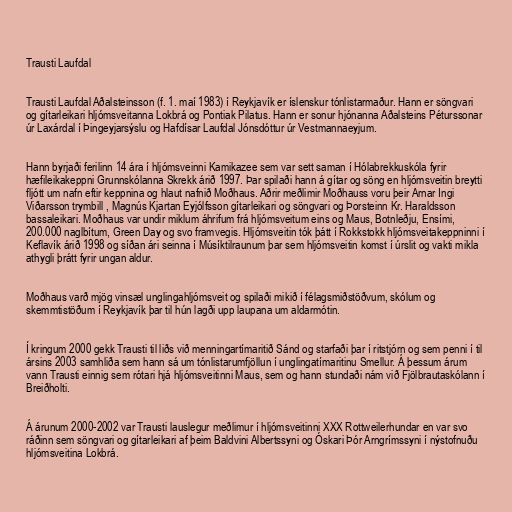
Trausti Laufdal

Trausti Laufdal Aðalsteinsson (f. 1. maí 1983) í Reykjavík er íslenskur tónlistarmaður. Hann er söngvari
og gítarleikari hljómsveitanna Lokbrá og Pontiak Pilatus. Hann er sonur hjónanna Aðalsteins Péturssonar
úr Laxárdal í Þingeyjarsýslu og Hafdísar Laufdal Jónsdóttur úr Vestmannaeyjum.

Hann byrjaði ferilinn 14 ára í hljómsveinni Kamikazee sem var sett saman í Hólabrekkuskóla fyrir
hæfileikakeppni Grunnskólanna Skrekk árið 1997. Þar spilaði hann á gítar og söng en hljómsveitin breytti
fljótt um nafn eftir keppnina og hlaut nafnið Moðhaus. Aðrir meðlimir Moðhauss voru þeir Arnar Ingi
Viðarsson trymbill , Magnús Kjartan Eyjólfsson gítarleikari og söngvari og Þorsteinn Kr. Haraldsson
bassaleikari. Moðhaus var undir miklum áhrifum frá hljómsveitum eins og Maus, Botnleðju, Ensími,
200.000 naglbítum, Green Day og svo framvegis. Hljómsveitin tók þátt í Rokkstokk hljómsveitakeppninni í
Keflavík árið 1998 og síðan ári seinna í Músíktilraunum þar sem hljómsveitin komst í úrslit og vakti mikla
athygli þrátt fyrir ungan aldur.

Moðhaus varð mjög vinsæl unglingahljómsveit og spilaði mikið í félagsmiðstöðvum, skólum og
skemmtistöðum í Reykjavík þar til hún lagði upp laupana um aldarmótin.

Í kringum 2000 gekk Trausti til liðs við menningartímaritið Sánd og starfaði þar í ritstjórn og sem penni í til
ársins 2003 samhliða sem hann sá um tónlistarumfjöllun í unglingatímaritinu Smellur. Á þessum árum
vann Trausti einnig sem rótari hjá hljómsveitinni Maus, sem og hann stundaði nám við Fjölbrautaskólann í
Breiðholti.

Á árunum 2000-2002 var Trausti lauslegur meðlimur í hljómsveitinni XXX Rottweilerhundar en var svo
ráðinn sem söngvari og gítarleikari af þeim Baldvini Albertssyni og Óskari Þór Arngrímssyni í nýstofnuðu
hljómsveitina Lokbrá.